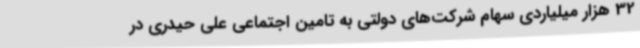
32 هزار میلیاردی سهام شرکت‌های دولتی به تامین اجتماعی علی حیدری در